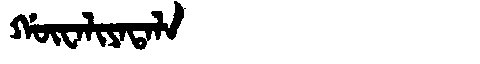
Manchu: ᡤᡡᠸᠠᠯᡳᠶᠠᡨᠠᠯᠠ
Romanization: GŪWALIYATALA